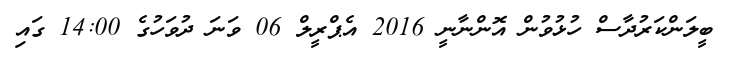
ބީލަންކަރުދާސް ހުޅުވުން އޮންނާނީ 2016 އެޕްރީލް 06 ވަނަ ދުވަހުގެ 14:00 ގައި